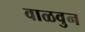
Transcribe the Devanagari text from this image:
वाळवुन